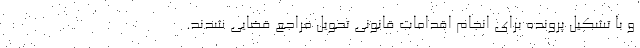
و با تشکیل پرونده برای انجام اقدامات قانونی تحویل مراجع قضایی شدند.